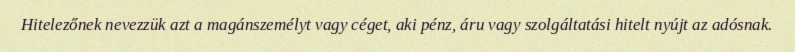
Hitelezőnek nevezzük azt a magánszemélyt vagy céget, aki pénz, áru vagy szolgáltatási hitelt nyújt az adósnak.